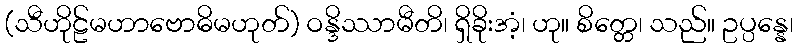
(သီဟိုဠ်မဟာဗောဓိမဟုတ်) ဝန္ဒိဿာမီတိ၊ ရှိခိုးအံ့၊ ဟု။ စိတ္တေ၊ သည်။ ဥပ္ပန္နေ၊